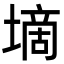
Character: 墑